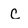
Character: C